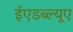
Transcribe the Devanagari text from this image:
ईएडब्ल्यूए